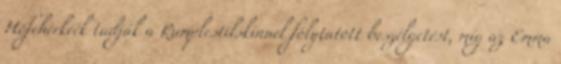
Hófehérkéék tudják a Rumplestilskinnel folytatott beszélgetést, míg az Emma